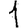
Digit: 1